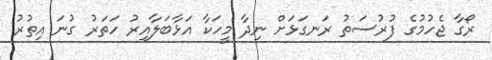
ރޯގާ ޖެހުމުގެ ފުރުސަތު ރަނގަޅަށް ނިދާ މީހަކާ އަޅާބަލާއިރު ހަތަރު ގުނަ އިތުރު